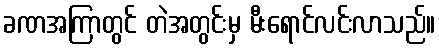
ခဏအကြာတွင် တဲအတွင်းမှ မီးရောင်လင်းလာသည်။